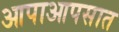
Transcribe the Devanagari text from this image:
आपाआपसात